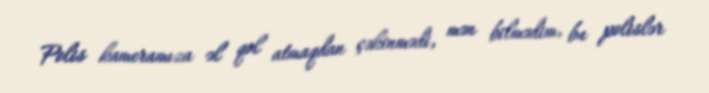
Polis kameramıza əl qol atmaqdan çəkinmədi, mən bilmədim, bu polislər